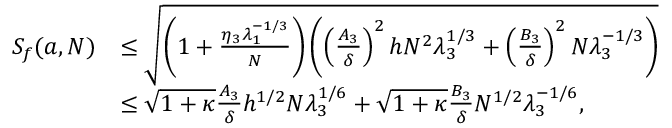
\begin{array} { r l } { S _ { f } ( a , N ) } & { \le \sqrt { \left( 1 + \frac { \eta _ { 3 } \lambda _ { 1 } ^ { - 1 / 3 } } { N } \right) \left( \left( \frac { A _ { 3 } } { \delta } \right) ^ { 2 } h N ^ { 2 } \lambda _ { 3 } ^ { 1 / 3 } + \left( \frac { B _ { 3 } } { \delta } \right) ^ { 2 } N \lambda _ { 3 } ^ { - 1 / 3 } \right) } } \\ & { \le \sqrt { 1 + \kappa } \frac { A _ { 3 } } { \delta } h ^ { 1 / 2 } N \lambda _ { 3 } ^ { 1 / 6 } + \sqrt { 1 + \kappa } \frac { B _ { 3 } } { \delta } N ^ { 1 / 2 } \lambda _ { 3 } ^ { - 1 / 6 } , } \end{array}